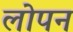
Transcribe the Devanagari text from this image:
लोपन